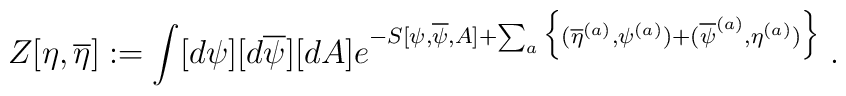
Z[\eta,\overline{\eta}] := \int [d\psi][d\overline{\psi}][dA]e^{-S[\psi,\overline{\psi},A] + \sum_a \Big\{( \overline{\eta}^{(a)},\psi^{(a)} )+ (\overline{\psi}^{(a)},\eta^{(a)} ) \Big\} }  \; .